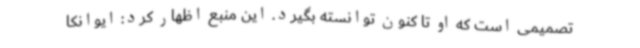
تصمیمی است که او تا کنون توانسته بگیرد. این منبع اظهار کرد: ایوانکا